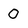
Character: 0